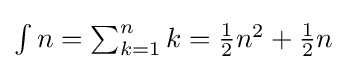
\textstyle \int n=\sum _{k=1}^{n}k={\frac {1}{2}}n^{2}+{\frac {1}{2}}n